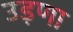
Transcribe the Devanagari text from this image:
उड़णा